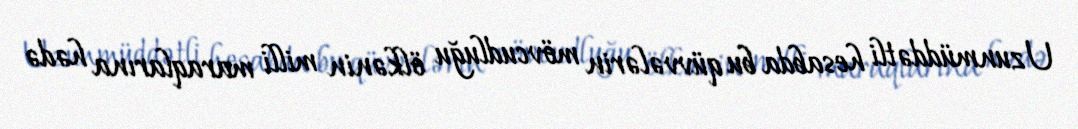
Uzunmüddətli hesabda bu qüvvələrin mövcudluğu ölkənin milli maraqlarına hədə